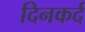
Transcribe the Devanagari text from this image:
दिनकर्द